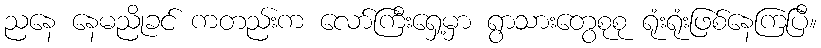
ညနေ နေမညိုခင် ကတည်းက လော်ကြီးရှေ့မှာ ရွာသားတွေစုစု ရုံးရုံးဖြစ်နေကြပြီ။